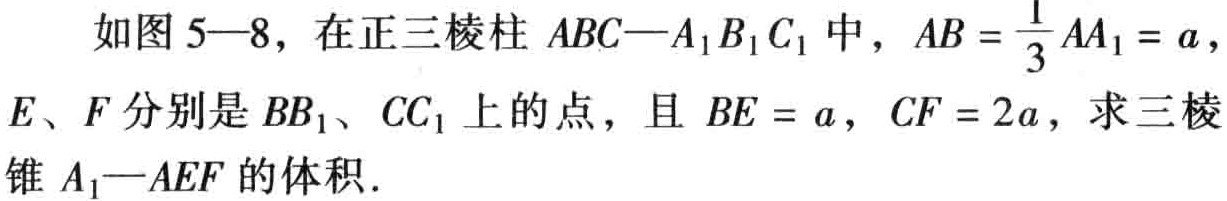
如图 5—8，在正三棱柱 \(ABC—A_{1}B_{1}C_{1}\) 中，\(AB = \frac{1}{3}AA_{1} = a\)，\(E、F\) 分别是 \(BB_{1}、CC_{1}\) 上的点，且 \(BE = a\)，\(CF = 2a\)，求三棱锥 \(A_{1}—AEF\) 的体积．